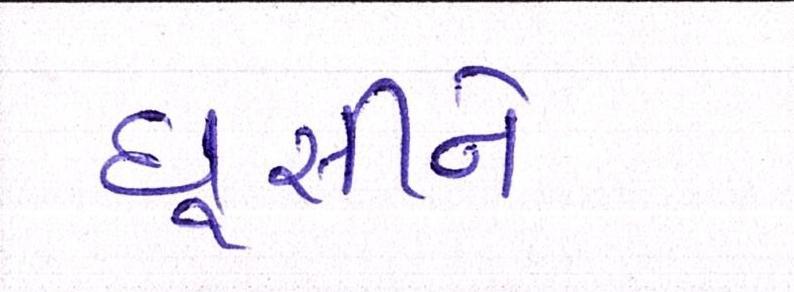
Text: ઘુસીને